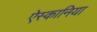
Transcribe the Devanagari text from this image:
ऐस्कानिया